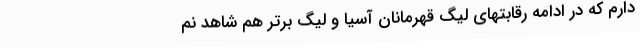
دارم که در ادامه رقابتهای لیگ قهرمانان آسیا و لیگ برتر هم شاهد نم